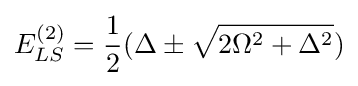
E_{LS}^{(2)}={\frac {1}{2}}(\Delta \pm {\sqrt {2\Omega ^{2}+\Delta ^{2}}})